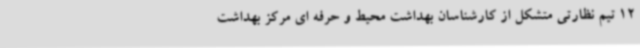
12 تیم نظارتی متشکل از کارشناسان بهداشت محیط و حرفه ای مرکز بهداشت